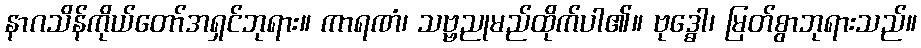
နာဂသိန်ကိုယ်တော်အရှင်ဘုရား။ ကာရဏံ၊ သဗ္ဗညုမည်ထိုက်ပါ၏။ ဗုဒ္ဓေါ၊ မြတ်စွာဘုရားသည်။